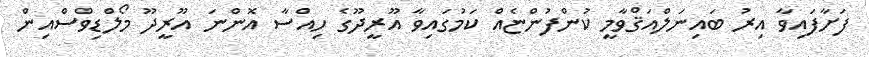
ފަށާފައިވާ އިރު ބައިނަލްއަޤްވާމީ ކުންފުންޏެއް ކަމުގައިވާ އޫރީދޫގެ ހިއްސާ އޮންނަ އޫރީދޫ މޯލްޑިވްސްއިން